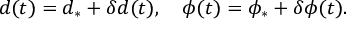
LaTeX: d ( t ) = d _ { \ast } + \delta d ( t ) , \quad \phi ( t ) = \phi _ { \ast } + \delta \phi ( t ) .